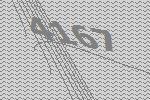
4167